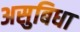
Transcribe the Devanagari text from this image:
असुबिधा